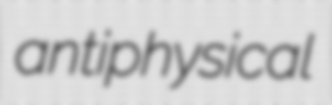
antiphysical